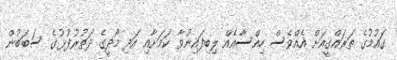
ގައުމުގެ ތަރައްގީއަށް އެއްވެސް ހިއްސާއެއް ލިބިފައިނުވާ ކަމަށާއި އަދި މޯދީގެ ދަތުރުފުޅުގެ ސަބަބުން